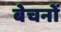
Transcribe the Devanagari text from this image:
बेचनों